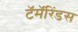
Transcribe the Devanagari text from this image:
टॅमॅरिंडस